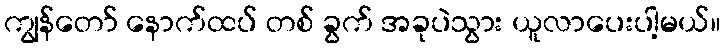
ကျွန်တော် နောက်ထပ် တစ် ခွက် အခုပဲသွား ယူလာပေးပါ့မယ်။